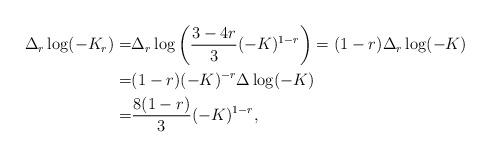
LaTeX: \begin{align*}\Delta_r\log(-K_r)=&\Delta_r\log\left(\frac{3-4r}{3}(-K)^{1-r}\right)=(1-r)\Delta_r\log(-K)\\=&(1-r)(-K)^{-r}\Delta\log(-K)\\=&\frac{8(1-r)}{3}(-K)^{1-r},\end{align*}